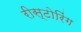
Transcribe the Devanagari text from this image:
रीस्टोरिंग